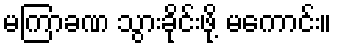
မကြာခဏ သွားခိုင်းဖို့ မကောင်း။